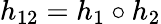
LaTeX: h_{12}=h_{1}\circ h_{2}